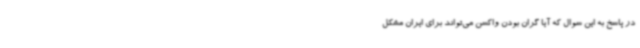
در پاسخ به این سوال که آیا گران بودن واکسن می‌تواند برای ایران مشکل